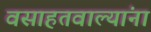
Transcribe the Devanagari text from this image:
वसाहतवाल्यांना